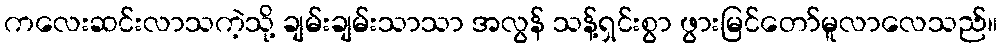
ကလေးဆင်းလာသကဲ့သို့ ချမ်းချမ်းသာသာ အလွန် သန့်ရှင်းစွာ ဖွားမြင်တော်မူလာလေသည်။